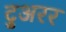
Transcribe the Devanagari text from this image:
टुअरर